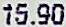
15.90